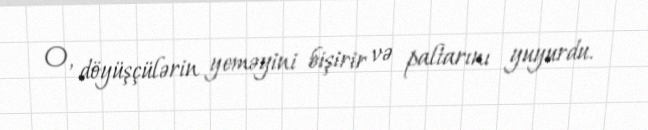
O, döyüşçülərin yeməyini bişirir və paltarını yuyurdu.